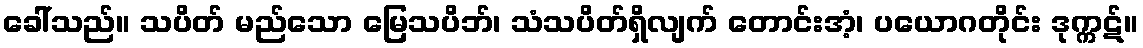
ခေါ်သည်။ သပိတ် မည်သော မြေသပိဘ်၊ သံသပိတ်ရှိလျက် တောင်းအံ့၊ ပယောဂတိုင်း ဒုက္ကဋ်။